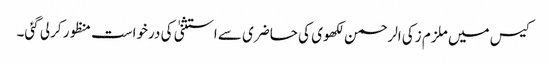
کیس میں ملزم زکی الرحمن لکھوی کی حاضری سے استثنیٰ کی درخواست منظور کرلی گئی۔